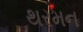
થરમન